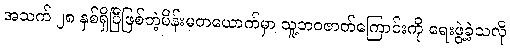
အသက် ၂၈ နှစ်ရှိပြီဖြစ်တဲ့မိန်းမတယောက်မှာ သူ့ဘဝဇာတ်ကြောင်းကို ရေးဖွဲ့ခဲ့သလို